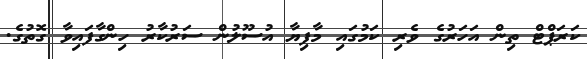
ކަރަޕްޓް ތިން އަހަރުގެ ވެރި ކަމުގައި މާފިޔާ އުސޫލުން ސަރުކާރު ހިންގާފައިވާ ގޮތުގެ.